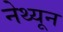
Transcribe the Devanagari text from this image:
नेथ्यून